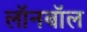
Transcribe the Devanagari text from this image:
लॉनबॉल